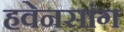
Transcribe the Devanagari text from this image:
हवेनसांग